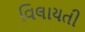
વિલાયતી